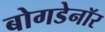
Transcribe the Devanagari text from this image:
बोगडेनॉर